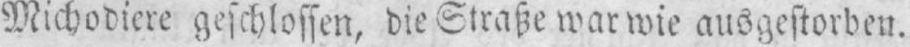
Michodiere geschlossen, die Straße war wie ausgestorben.